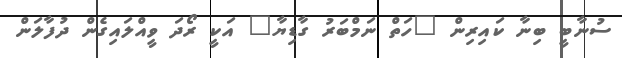
ސުނާބީ ބިނާ ކައިރިން "ހަތް ނަމްބަރު ގާޑިޔާ" އަކީ ރޯދަ ވީއްލައިގެން ދުފާލަން